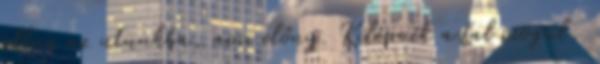
állna az utunkba, ami előny. Kilépnék a fal mögül,